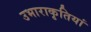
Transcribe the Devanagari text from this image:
उभाराकृतियां